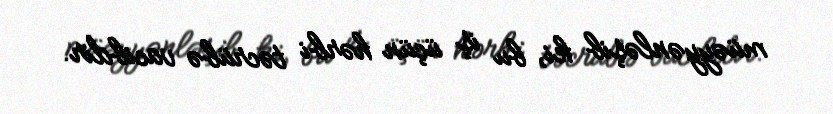
müəyyənləşib ki, bu iş üçün hərbi təcrübə vacibdir.